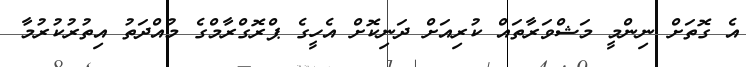
އެ ގޮތަށް ނިންމީ މަޝްވަރާތައް ކުރިއަށް ދަނިކޮށް އެހީގެ ޕްރޮގްރާމްގެ މުއްދަތު އިތުރުކުރުމާ